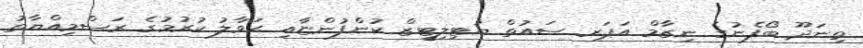
ތިނަދޫ ބޯފެނުގެ ނިޒާމް އަޕަރ ސައުތް ޔުޓިލިޓީޒް ކުންފުންޏާއި ޙަވާލު ކުރުމުގެ ރަސްމިއްޔާތު